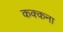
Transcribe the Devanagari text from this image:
कक्कना